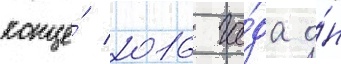
конце́ 2016 го́да о́н